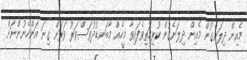
މެއިން ދިލަނެގުން މެއިން ދިލަނެގުން ކުރިމަތިވެފައިވާ މީހެއް މާބަނޑުދުވަސްވަރު ވަރަށް ގިނަ އަންހެނުންނަށް